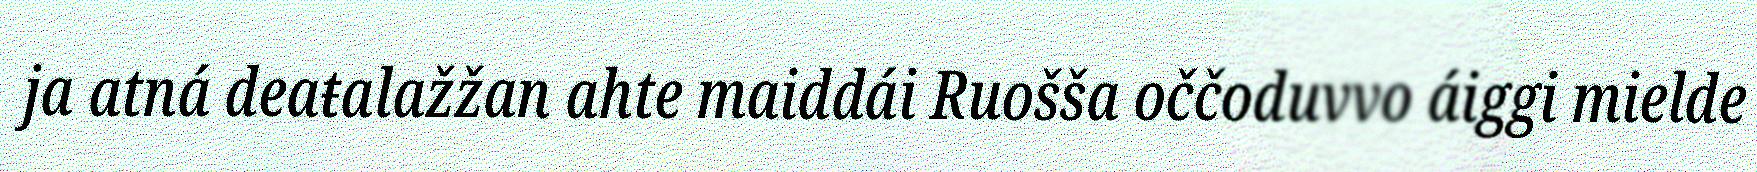
ja atná deaŧalažžan ahte maiddái Ruošša oččoduvvo áiggi mielde